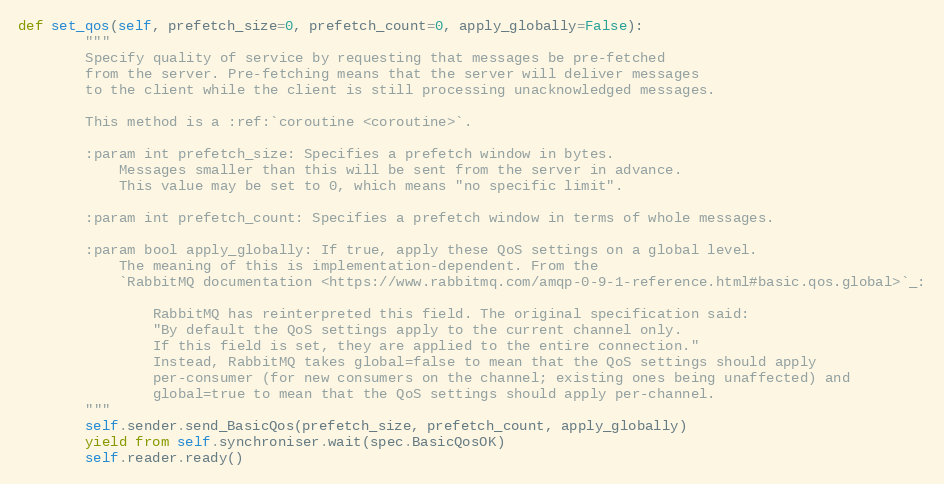
Language: Python
def set_qos(self, prefetch_size=0, prefetch_count=0, apply_globally=False):
        """
        Specify quality of service by requesting that messages be pre-fetched
        from the server. Pre-fetching means that the server will deliver messages
        to the client while the client is still processing unacknowledged messages.

        This method is a :ref:`coroutine <coroutine>`.

        :param int prefetch_size: Specifies a prefetch window in bytes.
            Messages smaller than this will be sent from the server in advance.
            This value may be set to 0, which means "no specific limit".

        :param int prefetch_count: Specifies a prefetch window in terms of whole messages.

        :param bool apply_globally: If true, apply these QoS settings on a global level.
            The meaning of this is implementation-dependent. From the
            `RabbitMQ documentation <https://www.rabbitmq.com/amqp-0-9-1-reference.html#basic.qos.global>`_:

                RabbitMQ has reinterpreted this field. The original specification said:
                "By default the QoS settings apply to the current channel only.
                If this field is set, they are applied to the entire connection."
                Instead, RabbitMQ takes global=false to mean that the QoS settings should apply
                per-consumer (for new consumers on the channel; existing ones being unaffected) and
                global=true to mean that the QoS settings should apply per-channel.
        """
        self.sender.send_BasicQos(prefetch_size, prefetch_count, apply_globally)
        yield from self.synchroniser.wait(spec.BasicQosOK)
        self.reader.ready()